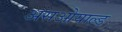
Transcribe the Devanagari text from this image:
असओयाल्ड